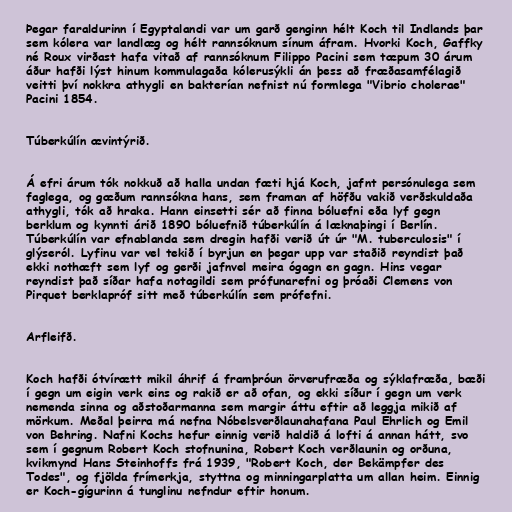
Þegar faraldurinn í Egyptalandi var um garð genginn hélt Koch til Indlands þar
sem kólera var landlæg og hélt rannsóknum sínum áfram. Hvorki Koch, Gaffky
né Roux virðast hafa vitað af rannsóknum Filippo Pacini sem tæpum 30 árum
áður hafði lýst hinum kommulagaða kólerusýkli án þess að fræðasamfélagið
veitti því nokkra athygli en bakterían nefnist nú formlega "Vibrio cholerae"
Pacini 1854.

Túberkúlín ævintýrið.

Á efri árum tók nokkuð að halla undan fæti hjá Koch, jafnt persónulega sem
faglega, og gæðum rannsókna hans, sem framan af höfðu vakið verðskuldaða
athygli, tók að hraka. Hann einsetti sér að finna bóluefni eða lyf gegn
berklum og kynnti árið 1890 bóluefnið túberkúlín á læknaþingi í Berlín.
Túberkúlín var efnablanda sem dregin hafði verið út úr "M. tuberculosis" í
glýseról. Lyfinu var vel tekið í byrjun en þegar upp var staðið reyndist það
ekki nothæft sem lyf og gerði jafnvel meira ógagn en gagn. Hins vegar
reyndist það síðar hafa notagildi sem prófunarefni og þróaði Clemens von
Pirquet berklapróf sitt með túberkúlín sem prófefni.

Arfleifð.

Koch hafði ótvírætt mikil áhrif á framþróun örverufræða og sýklafræða, bæði
í gegn um eigin verk eins og rakið er að ofan, og ekki síður í gegn um verk
nemenda sinna og aðstoðarmanna sem margir áttu eftir að leggja mikið af
mörkum. Meðal þeirra má nefna Nóbelsverðlaunahafana Paul Ehrlich og Emil
von Behring. Nafni Kochs hefur einnig verið haldið á lofti á annan hátt, svo
sem í gegnum Robert Koch stofnunina, Robert Koch verðlaunin og orðuna,
kvikmynd Hans Steinhoffs frá 1939, "Robert Koch, der Bekämpfer des
Todes", og fjölda frímerkja, styttna og minningarplatta um allan heim. Einnig
er Koch-gígurinn á tunglinu nefndur eftir honum.